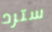
سترد